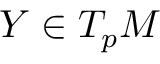
Y \in T _ { p } M